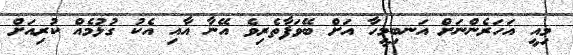
މިއީ އަހަރެންނަށް އަނބިމީހާ އަށް ބޭވަފާތެރިވެ އޭނާ އާއި އެކު ގުޅުމެއް ކުރިއަށް